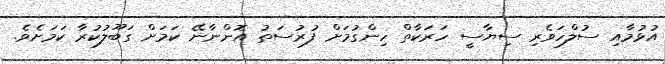
އުޅުމާއި ސުލްހަވެރި ސިޔާސީ ހަރަކާތް ހިންގުމަށް ފުރުސަތު އޮންނާނޭ ކަމަށް ގަބޫލުކުރާ ކަމަށެވެ.